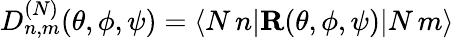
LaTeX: D_{n,m}^{(N)}(\theta,\phi,\psi)=\langle N\, n|{\mathbf R}(\theta,\phi,\psi)|N\, m\rangle